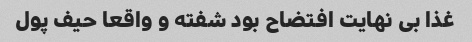
غذا بی نهایت افتضاح بود شفته و واقعا حیف پول